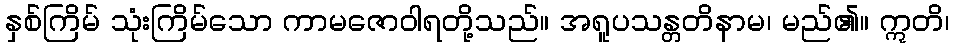
နှစ်ကြိမ် သုံးကြိမ်သော ကာမဇောဝါရတို့သည်။ အရူပသန္တတိနာမ၊ မည်၏။ ဣတိ၊